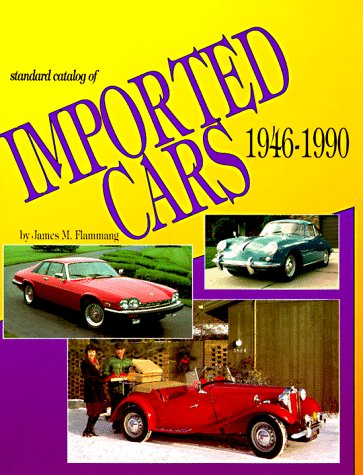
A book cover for Standard Catalog of Imported Cars 1946-1990; James M. Flammang; Engineering & Transportation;